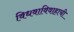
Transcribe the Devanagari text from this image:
विधवाविवाहाची